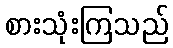
စားသုံးကြသည်